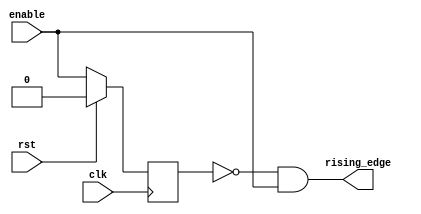
`timescale 1ns / 1ps
module find_rising_edge(
				input clk,
				input rst,
				input enable,
				output rising_edge);

// stores the previous enable value
reg previous_enable;

// store the current enable into register on posedge
always @(posedge clk) begin
	if (rst) begin
		previous_enable <= 1'b0;
	end else begin
		previous_enable <= enable;
	end
end

// only is asserted when there is a rising edge
assign rising_edge = ((~previous_enable) & (enable));

endmodule